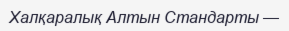
Халқаралық Алтын Стандарты —